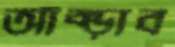
আঁক্‌ড়াব